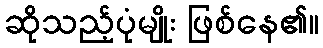
ဆိုသည့်ပုံမျိုး ဖြစ်နေ၏။